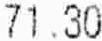
71.30